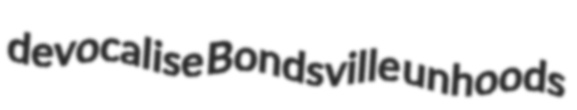
devocalise Bondsville unhoods